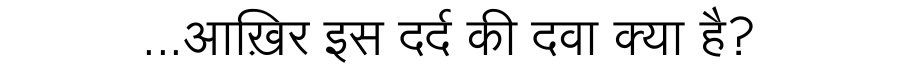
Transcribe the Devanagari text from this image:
...आख़िर इस दर्द की दवा क्या है?